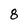
Character: 8